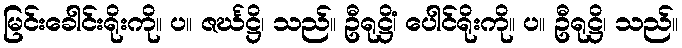
မြင်းခေါင်းရိုးကို။ ပ။ ဇင်္ဃဋ္ဌိ၊ သည်။ ဦရုဋ္ဌိံ၊ ပေါင်ရိုးကို။ ပ။ ဦရုဋ္ဌိ၊ သည်။